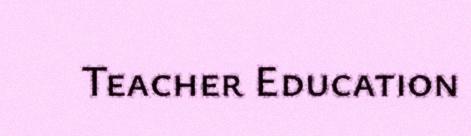
Teacher Education